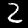
Label: 2